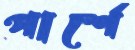
পার্শে